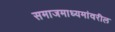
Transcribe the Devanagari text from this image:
समाजमाध्यमांवरील